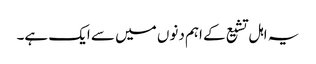
یہ اہل تشیع کے اہم دنوں میں سے ایک ہے۔